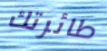
طائرتك